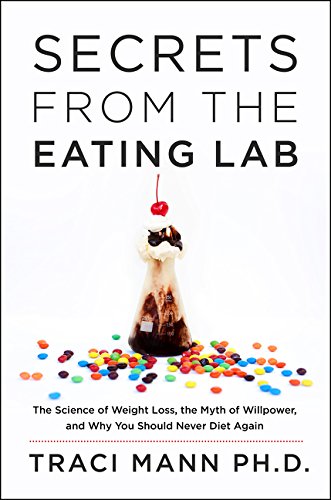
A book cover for Secrets from the Eating Lab: The Science of Weight Loss, the Myth of Willpower, and Why You Should Never Diet Again; Traci Mann; Medical Books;